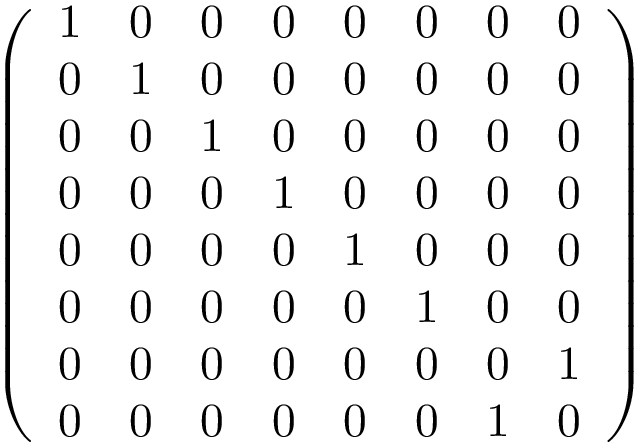
\left( \begin{array} { l l l l l l l l } { 1 } & { 0 } & { 0 } & { 0 } & { 0 } & { 0 } & { 0 } & { 0 } \\ { 0 } & { 1 } & { 0 } & { 0 } & { 0 } & { 0 } & { 0 } & { 0 } \\ { 0 } & { 0 } & { 1 } & { 0 } & { 0 } & { 0 } & { 0 } & { 0 } \\ { 0 } & { 0 } & { 0 } & { 1 } & { 0 } & { 0 } & { 0 } & { 0 } \\ { 0 } & { 0 } & { 0 } & { 0 } & { 1 } & { 0 } & { 0 } & { 0 } \\ { 0 } & { 0 } & { 0 } & { 0 } & { 0 } & { 1 } & { 0 } & { 0 } \\ { 0 } & { 0 } & { 0 } & { 0 } & { 0 } & { 0 } & { 0 } & { 1 } \\ { 0 } & { 0 } & { 0 } & { 0 } & { 0 } & { 0 } & { 1 } & { 0 } \end{array} \right)